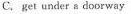
C.get under a doorway